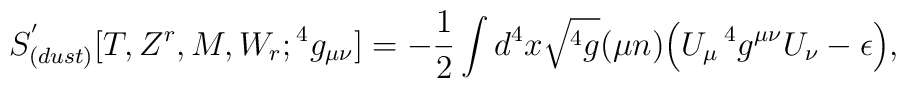
S^{'}_{(dust)}[T,Z^r,M,W_r;{}^4g_{\mu\nu}]=-{1\over 2} \int d^4x\sqrt{{}^4g} (\mu n) \Big(U_{\mu}\, {}^4g^{\mu\nu} U_{\nu}-\epsilon \Big) ,